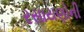
રસાયણોની